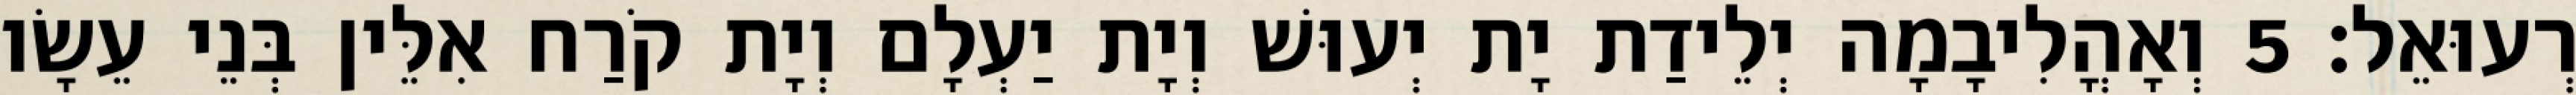
רְעוּאֵל׃ 5 וְאָהֳלִיבָמָה יְלֵידַת יָת יְעוּשׁ וְיָת יַעְלָם וְיָת קֹרַח אִלֵּין בְּנֵי עֵשָׂו